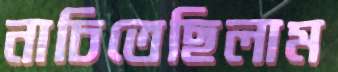
নাচিতেছিলাম